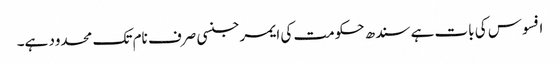
افسوس کی بات ہے سندھ حکومت کی ایمرجنسی صرف نام تک محدود ہے۔